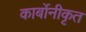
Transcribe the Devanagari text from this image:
कार्बोनीकृत